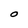
Character: O